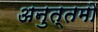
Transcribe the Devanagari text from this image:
अनुत्तमो